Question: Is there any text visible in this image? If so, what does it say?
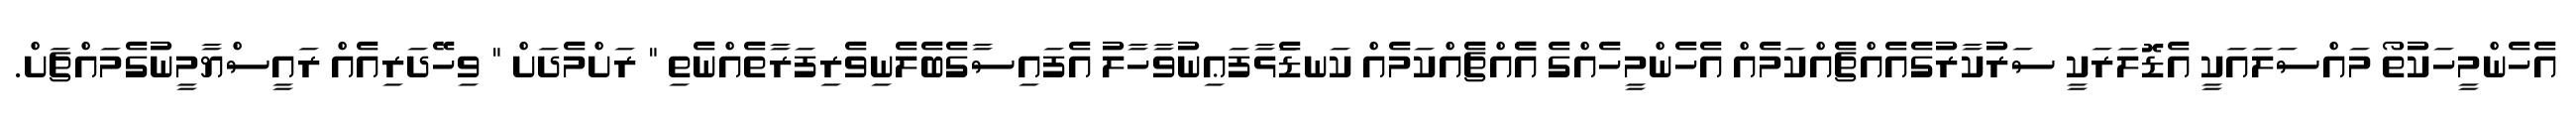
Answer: އެހެންމީހަކުތޯ މައްސަލައަކީ އެޑޮލަރަކީ ސަރުކާރުގެއެއްޗެއްކަމެއް އެހެންމީހެއްގެ އެެއްޗެއްކަމެއް ކަނޑަެަޅާފަޢިނުވާހާލު އެފައިސާގެބެލެނިވެރިފަރާތެއްނެތި " ރަށްމެދަށް " ވިހޭދަރިއެއް ރައީސްޔާމީނުގެމައްޗަށް.